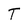
Character: T